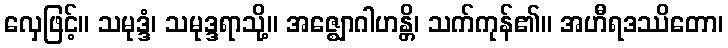
လှေဖြင့်။ သမုဒ္ဒံ၊ သမုဒ္ဒရာသို့။ အဇ္ဈောဂါဟန္တိ၊ သက်ကုန်၏။ အဟီရဒဿိတော၊